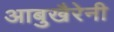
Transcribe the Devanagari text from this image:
आबुखैरेनी